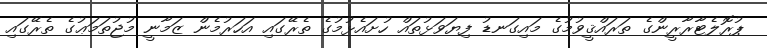
ޕުރޮލެޓާރާރީންގެ ތަރައްޤީވުމުގެ މައިގަނޑު ފިޔަވަޅުތައް ހުށައެޅުމުގެ ތެރޭގައި އަހަރުމެން ޒަމާނީ މުޖުތަމަޢުގެ ތެރޭގައި